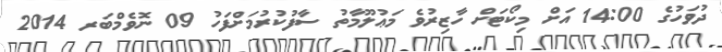
ދުވަހުގެ 14:00 އަށް މިކޯޓަށް ހާޒިރުވެ މަޢުލޫމާތު ސާފުކުރުމަށްފަހު 09 ނޮވެމްބަރ 2014